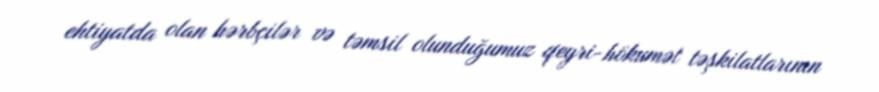
ehtiyatda olan hərbçilər və təmsil olunduğumuz qeyri-hökumət təşkilatlarının